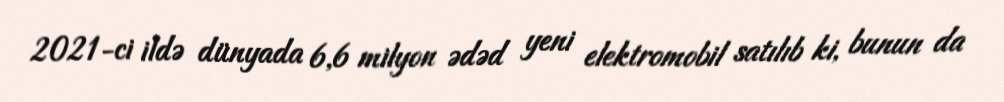
2021-ci ildə dünyada 6,6 milyon ədəd yeni elektromobil satılıb ki, bunun da